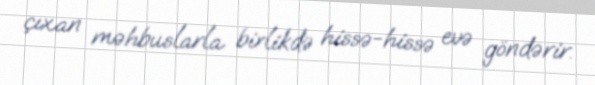
çıxan məhbuslarla birlikdə hissə-hissə evə göndərir.